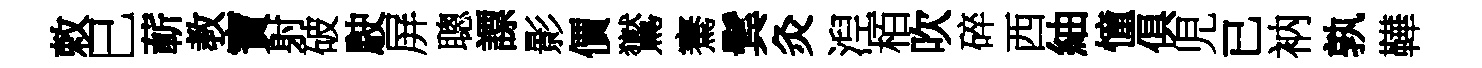
敕巳蔪教寶射破駛屏聰謤影價鸑騫鬂灸湼栢吹碎西紬憧俱児已衲孰鞾